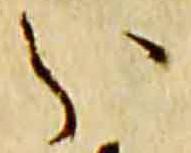
分